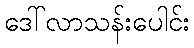
ဒေါ်လာသန်းပေါင်း